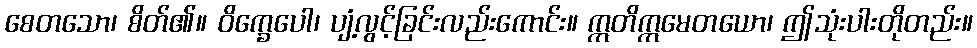
စေတသော၊ စိတ်၏။ ဝိက္ခေပေါ၊ ပျံ့လွင့်ခြင်းလည်းကောင်း။ ဣတိဣမေတယော၊ ဤသုံးပါးတိုတည်း။